Scottish Leaving Certificate Examination, 1960
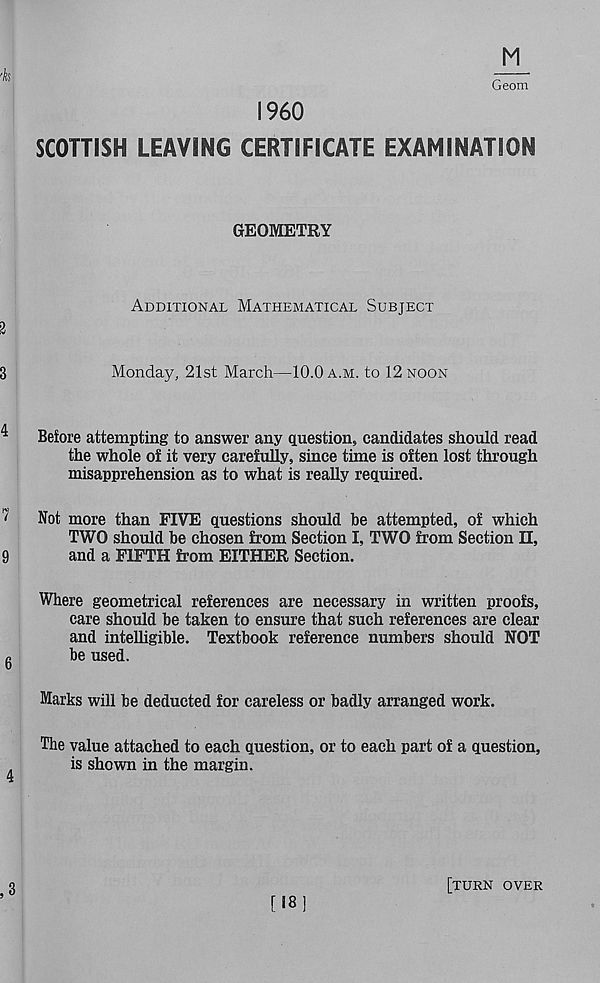
M
I960
SCOTTISH LEAVING CERTIFICATE EXAMINATION
GEOMETRY
Additional Mathematical Subject
2
3
Monday, 21st March—10.0 a.m. to 12 noon
Before attempting to answer any question, candidates should read
the whole of it very carefully, since time is often lost through
misapprehension as to what is really required.
?
Not more than FIVE questions should he attempted, of which
TWO should be chosen from Section I, TWO from Section II,
9
and a FIFTH from EITHER Section.
Where geometrical references are necessary in written proofs,
care should be taken to ensure that such references are clear
and intelligible. Textbook reference numbers should NOT
g
be used.
Marks will be deducted for careless or badly arranged work.
The value attached to each question, or to each part of a question,
is shown in the margin.
,3
[18]
[turn over